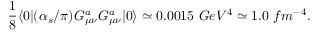
{ \frac { 1 } { 8 } } \langle { 0 } | ( \alpha _ { s } / \pi ) G _ { \mu \nu } ^ { a } G _ { \mu \nu } ^ { a } | { 0 } \rangle \simeq 0 . 0 0 1 5 \ G e V ^ { 4 } \simeq 1 . 0 \ f m ^ { - 4 } .